Civil Veterinary Department ledger series I-VI
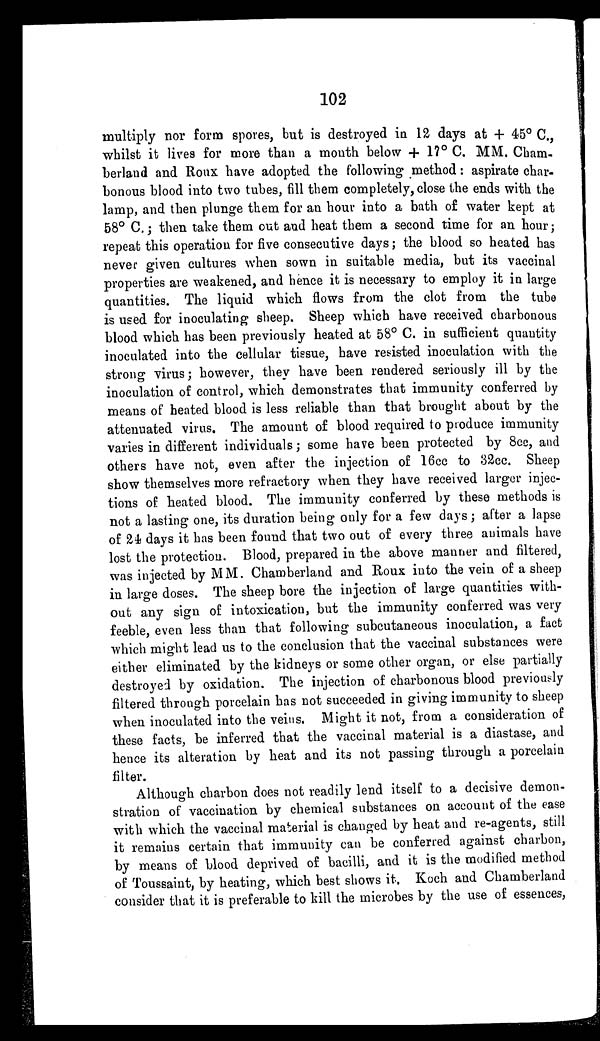
102
multiply nor form spores, but is destroyed in 12 days at + 45º C.
whilst it lives for more than a mouth below + 17º C. MM. Cham-
berland and Roux have adopted the following method: aspirate char-
bonous blood into two tubes, fill them completely, close the ends with the
lamp, and then plunge them for an hour into a bath of water kept at
68º C.; then take them out and heat them a second time for an hour;
repeat this operation for five consecutive days; the blood so heated has
never given cultures when sown in suitable media, but its vaccinal
properties are weakened, and hence it is necessary to employ it in large
quantities. The liquid which flows from the clot from the tube
is used for inoculating sheep. Sheep which have received charbonous
blood which has been previously heated at 58º C. in sufficient quantity
inoculated into the cellular tissue, have resisted inoculation with the
strong virus; however, they have been rendered seriously ill by the
inoculation of control, which demonstrates that immunity conferred by
means of heated blood is less reliable than that brought about by the
attenuated virus. The amount of blood required to produce immunity
varies in different individuals; some have been protected by 8cc, and
others have not, even after the injection of 16cc to 32cc. Sheep
show themselves more refractory when they have received larger injec-
tions of heated blood. The immunity conferred by these methods is
not a lasting one, its duration being only for a few days; after a lapse
of 24 days it has been found that two out of every three animals have
lost the protection. Blood, prepared in the above manner and filtered,
was injected by MM. Chamberland and Roux into the vein of a sheep
in large doses. The sheep bore the injection of large quantities with-
out any sign of intoxication, but the immunity conferred was very
feeble, even less than that following subcutaneous inoculation, a fact
which might lead us to the conclusion that the vaccinal substances were
either eliminated by the kidneys or some other organ, or else partially
destroyed by oxidation. The injection of charbonous blood previously
filtered through porcelain has not succeeded in giving immunity to sheep
when inoculated into the veins. Might it not, from a consideration of
these facts, be inferred that the vaccinal material is a diastase, and
hence its alteration by heat and its not passing through a porcelain
filter.
Although charbon does not readily lend itself to a decisive demon-
stration of vaccination by chemical substances on account of the ease
with which the vaccinal material is changed by heat and re-agents, still
it remains certain that immunity can be conferred against charbon,
by means of blood deprived of bacilli, and it is the modified method
of Toussaint, by heating, which best shows it. Koch and Chamberland
consider that it is preferable to kill the microbes by the use of essences,